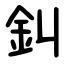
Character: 䤛